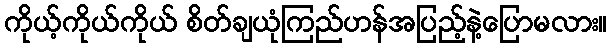
ကိုယ့်ကိုယ်ကိုယ် စိတ်ချယုံကြည်ဟန်အပြည့်နဲ့ပြောမလား။